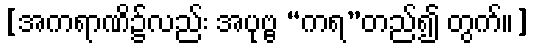
[အကရာဏိ၌လည်း အပုဗ္ဗ “ကရ”တည်၍ တွက်။]